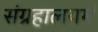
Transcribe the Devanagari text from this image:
संग्रहालयमें